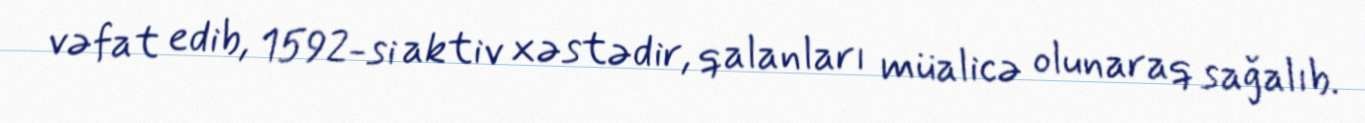
vəfat edib, 1592-si aktiv xəstədir, qalanları müalicə olunaraq sağalıb.